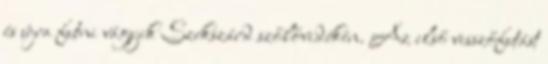
és újra futni vágyik Szekszárd szőlővidékén. Az első vesszőfutást